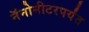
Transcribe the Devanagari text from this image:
नॅनोमीटरपर्यंत